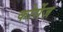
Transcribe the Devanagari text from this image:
कोर्सेज़